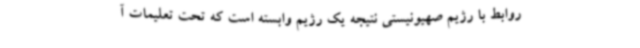
روابط با رژیم صهیونیستی نتیجه یک رژیم وابسته است که تحت تعلیمات آ